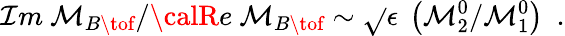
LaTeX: {\cal\mathcal{I}}m~{\cal{M}}_{B\tof}/{\calR}e~{\cal{M}}_{B\tof}\sim\sqrt{}{{\epsilon}}~\left({\cal{M}}_{2}^{0}/{\cal{M}}_{1}^{0}\right)\ \ .